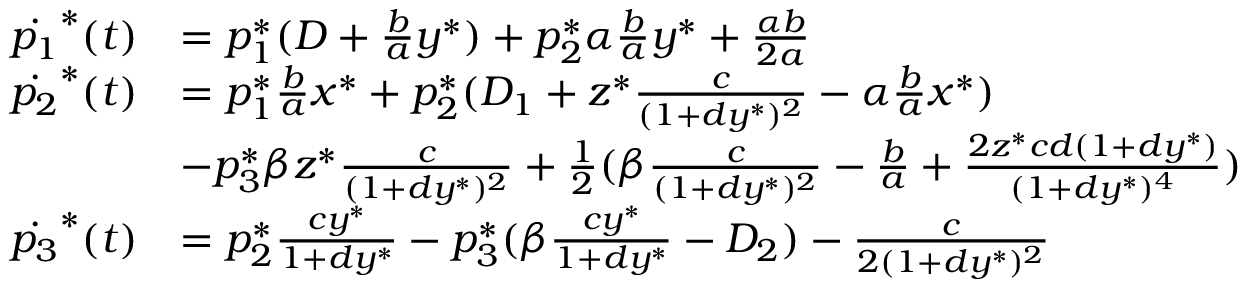
\begin{array} { r l } { \dot { p _ { 1 } } ^ { * } ( t ) } & { = p _ { 1 } ^ { * } ( D + \frac { b } { a } y ^ { * } ) + p _ { 2 } ^ { * } \alpha \frac { b } { a } y ^ { * } + \frac { \alpha b } { 2 a } } \\ { \dot { p _ { 2 } } ^ { * } ( t ) } & { = p _ { 1 } ^ { * } \frac { b } { a } x ^ { * } + p _ { 2 } ^ { * } ( D _ { 1 } + z ^ { * } \frac { c } { ( 1 + d y ^ { * } ) ^ { 2 } } - \alpha \frac { b } { a } x ^ { * } ) } \\ & { - p _ { 3 } ^ { * } \beta z ^ { * } \frac { c } { ( 1 + d y ^ { * } ) ^ { 2 } } + \frac { 1 } { 2 } ( \beta \frac { c } { ( 1 + d y ^ { * } ) ^ { 2 } } - \frac { b } { a } + \frac { 2 z ^ { * } c d ( 1 + d y ^ { * } ) } { ( 1 + d y ^ { * } ) ^ { 4 } } ) } \\ { \dot { p _ { 3 } } ^ { * } ( t ) } & { = p _ { 2 } ^ { * } \frac { c y ^ { * } } { 1 + d y ^ { * } } - p _ { 3 } ^ { * } ( \beta \frac { c y ^ { * } } { 1 + d y ^ { * } } - D _ { 2 } ) - \frac { c } { 2 ( 1 + d y ^ { * } ) ^ { 2 } } } \end{array}